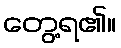
တွေ့ရ၏။